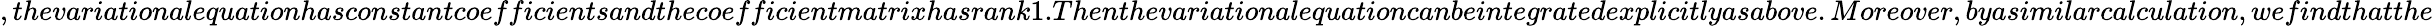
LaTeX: ,thevariationalequationhasconstantcoefficientsandthecoefficientmatrixhasrank1.Thenthevariationalequationcanbeintegratedexplicitlyasabove.Moreover,byasimilarcalculation,wefindthatthe